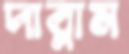
দাব্লাম